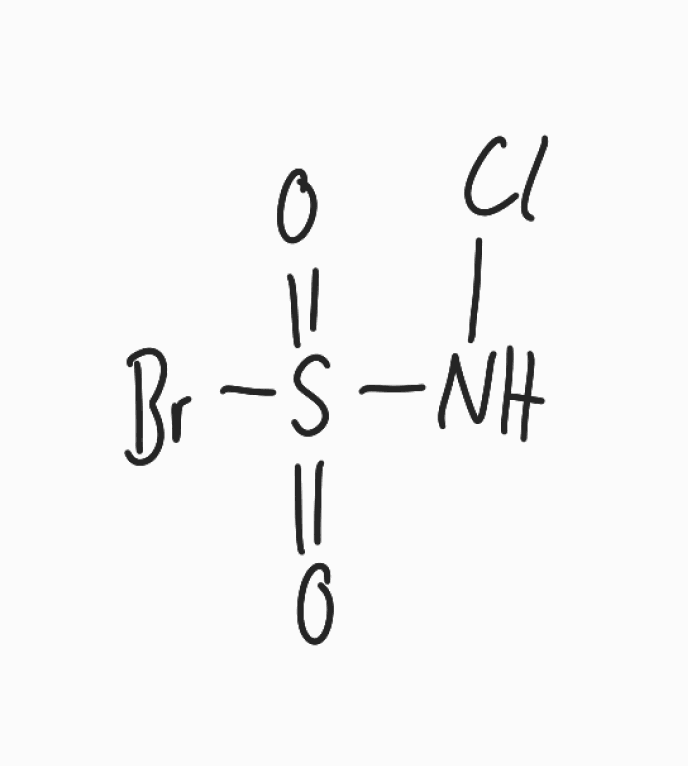
Simplified molecular-input line-entry system (SMILES) notation of the given molecule:
N(S(=O)(=O)Br)Cl